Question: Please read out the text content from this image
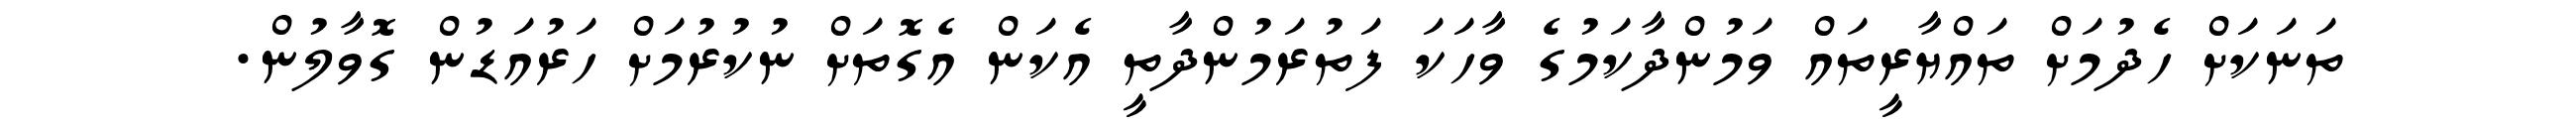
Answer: ތަނަކަށް ހެދުމަށް ތައްޔާރީތައް ވަމުންދާކަމުގެ ވާހަކަ ފަތުރަމުންދާތީ އެކަން އެގޮތަށް ނުކުރުމަށް ހަރުއަޑުން ގޮވާލުން.